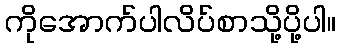
ကိုအောက်ပါလိပ်စာသို့ပို့ပါ။